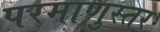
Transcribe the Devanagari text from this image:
परमाणुस्तर